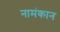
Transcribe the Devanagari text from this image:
नामंकान